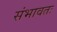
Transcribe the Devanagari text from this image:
संभावतः